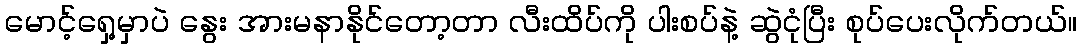
မောင့်ရှေ့မှာပဲ နွေး အားမနာနိုင်တော့တာ လီးထိပ်ကို ပါးစပ်နဲ့ ဆွဲငုံပြီး စုပ်ပေးလိုက်တယ်။